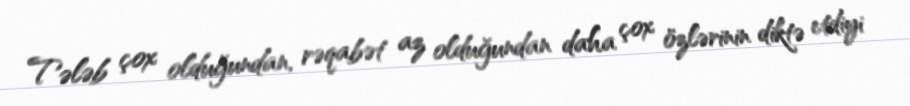
Tələb çox olduğundan, rəqabət az olduğundan daha çox özlərinin diktə etdiyi